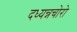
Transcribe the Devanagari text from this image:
दध्यन्नचोरो